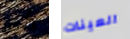
كما العينات